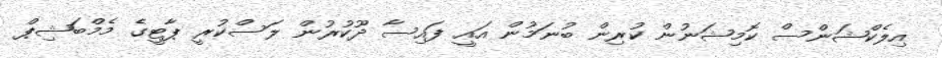
އިލެކްޝަންސް ކޮމިޝަނުން ކުރިން ބުނަމުން އައީ ފައިސާ ދޫކުރުން ލަސްކުރީ ޕާޓީގެ މެމްބަޝިޕް